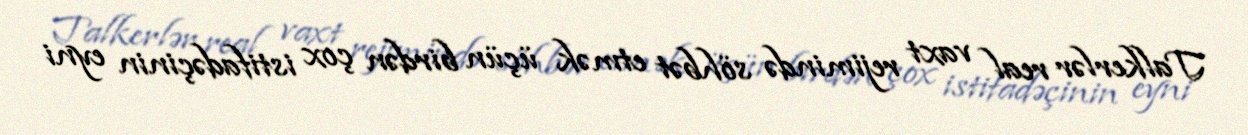
Talkerlər real vaxt rejimində söhbət etmək üçün birdən çox istifadəçinin eyni